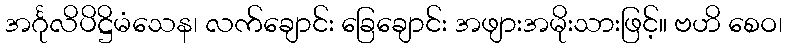
အင်္ဂုလိပိဋ္ဌိမံသေန၊ လက်ချောင်း ခြေချောင်း အဖျားအမိုးသားဖြင့်။ ဗဟိ စေဝ၊